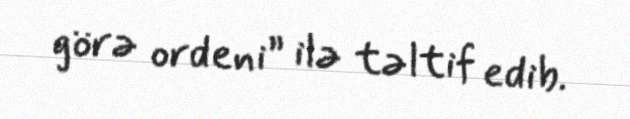
görə ordeni” ilə təltif edib.